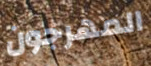
المهرجون